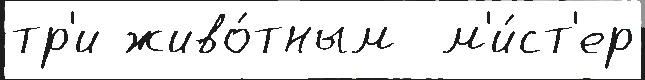
тр'и живо́тным  м'и́ст'ер